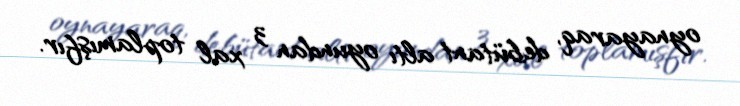
oynayaraq, debütant altı oyundan 3 xal toplamışfır.